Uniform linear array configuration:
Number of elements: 8
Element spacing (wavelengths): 0.5
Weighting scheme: hamming
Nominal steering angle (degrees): -30
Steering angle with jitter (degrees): -31.199
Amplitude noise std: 0.05
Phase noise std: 0.05

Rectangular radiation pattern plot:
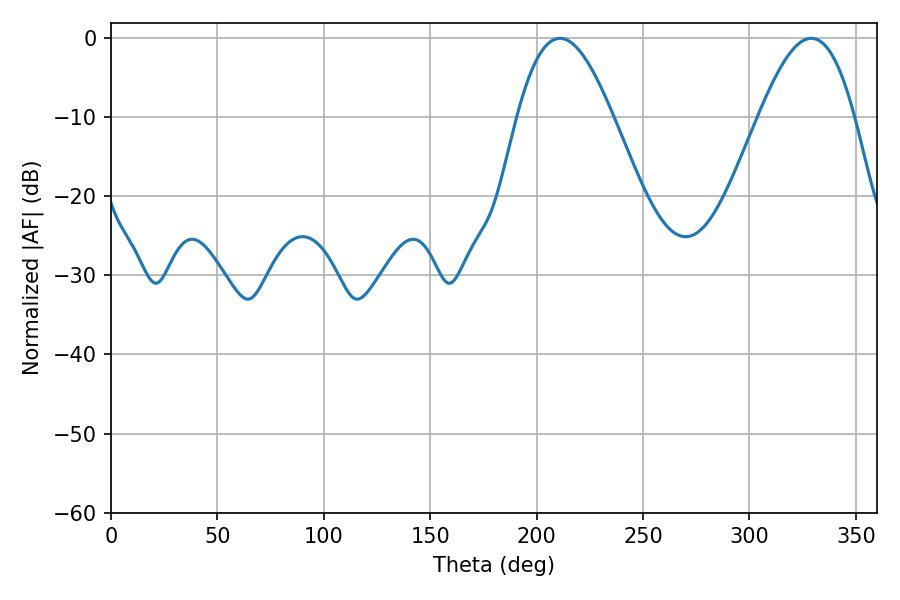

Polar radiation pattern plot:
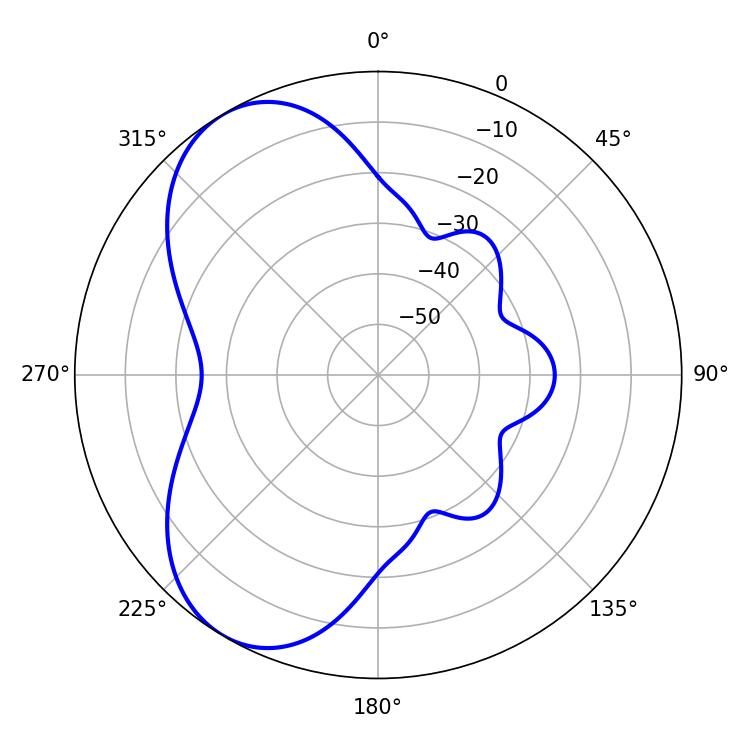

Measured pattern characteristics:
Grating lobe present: FALSE
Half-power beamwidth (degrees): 24.3
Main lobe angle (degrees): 210.96